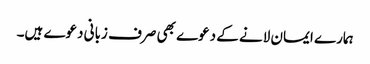
ہمارے ایمان لانے کے دعوے بھی صرف زبانی دعوے ہیں۔